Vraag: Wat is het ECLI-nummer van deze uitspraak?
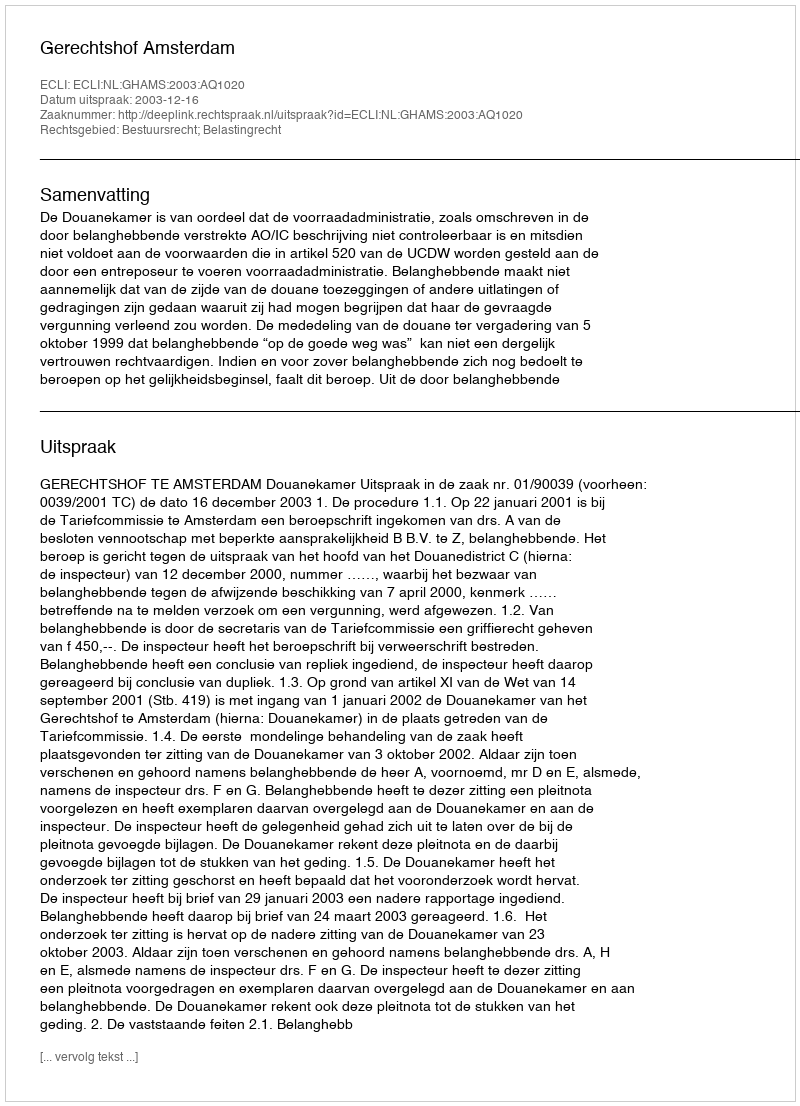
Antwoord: ECLI:NL:GHAMS:2003:AQ1020